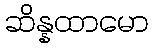
ဆိန္နထာမော